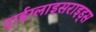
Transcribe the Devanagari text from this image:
ट्राईग्लाइसराइड्स